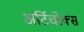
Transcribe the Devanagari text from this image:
अर्टिचोक्स